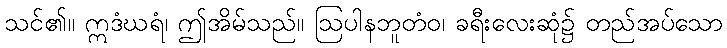
သင်၏။ ဣဒံဃရံ၊ ဤအိမ်သည်။ ဩပါနဘူတံဝ၊ ခရီးလေးဆုံ၌ တည်အပ်သော